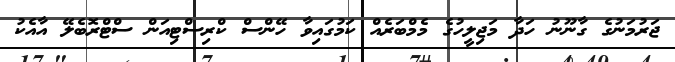
ޖަރުމަނުގެ ގާނޫނު ހަދާ މަޖިލީހުގެ މެމްބަރެއް ކަމުގައިވާ ހޭންސް ކްރިސްޓިއަން ސްޓްރޮބެލޭ އާއެކު